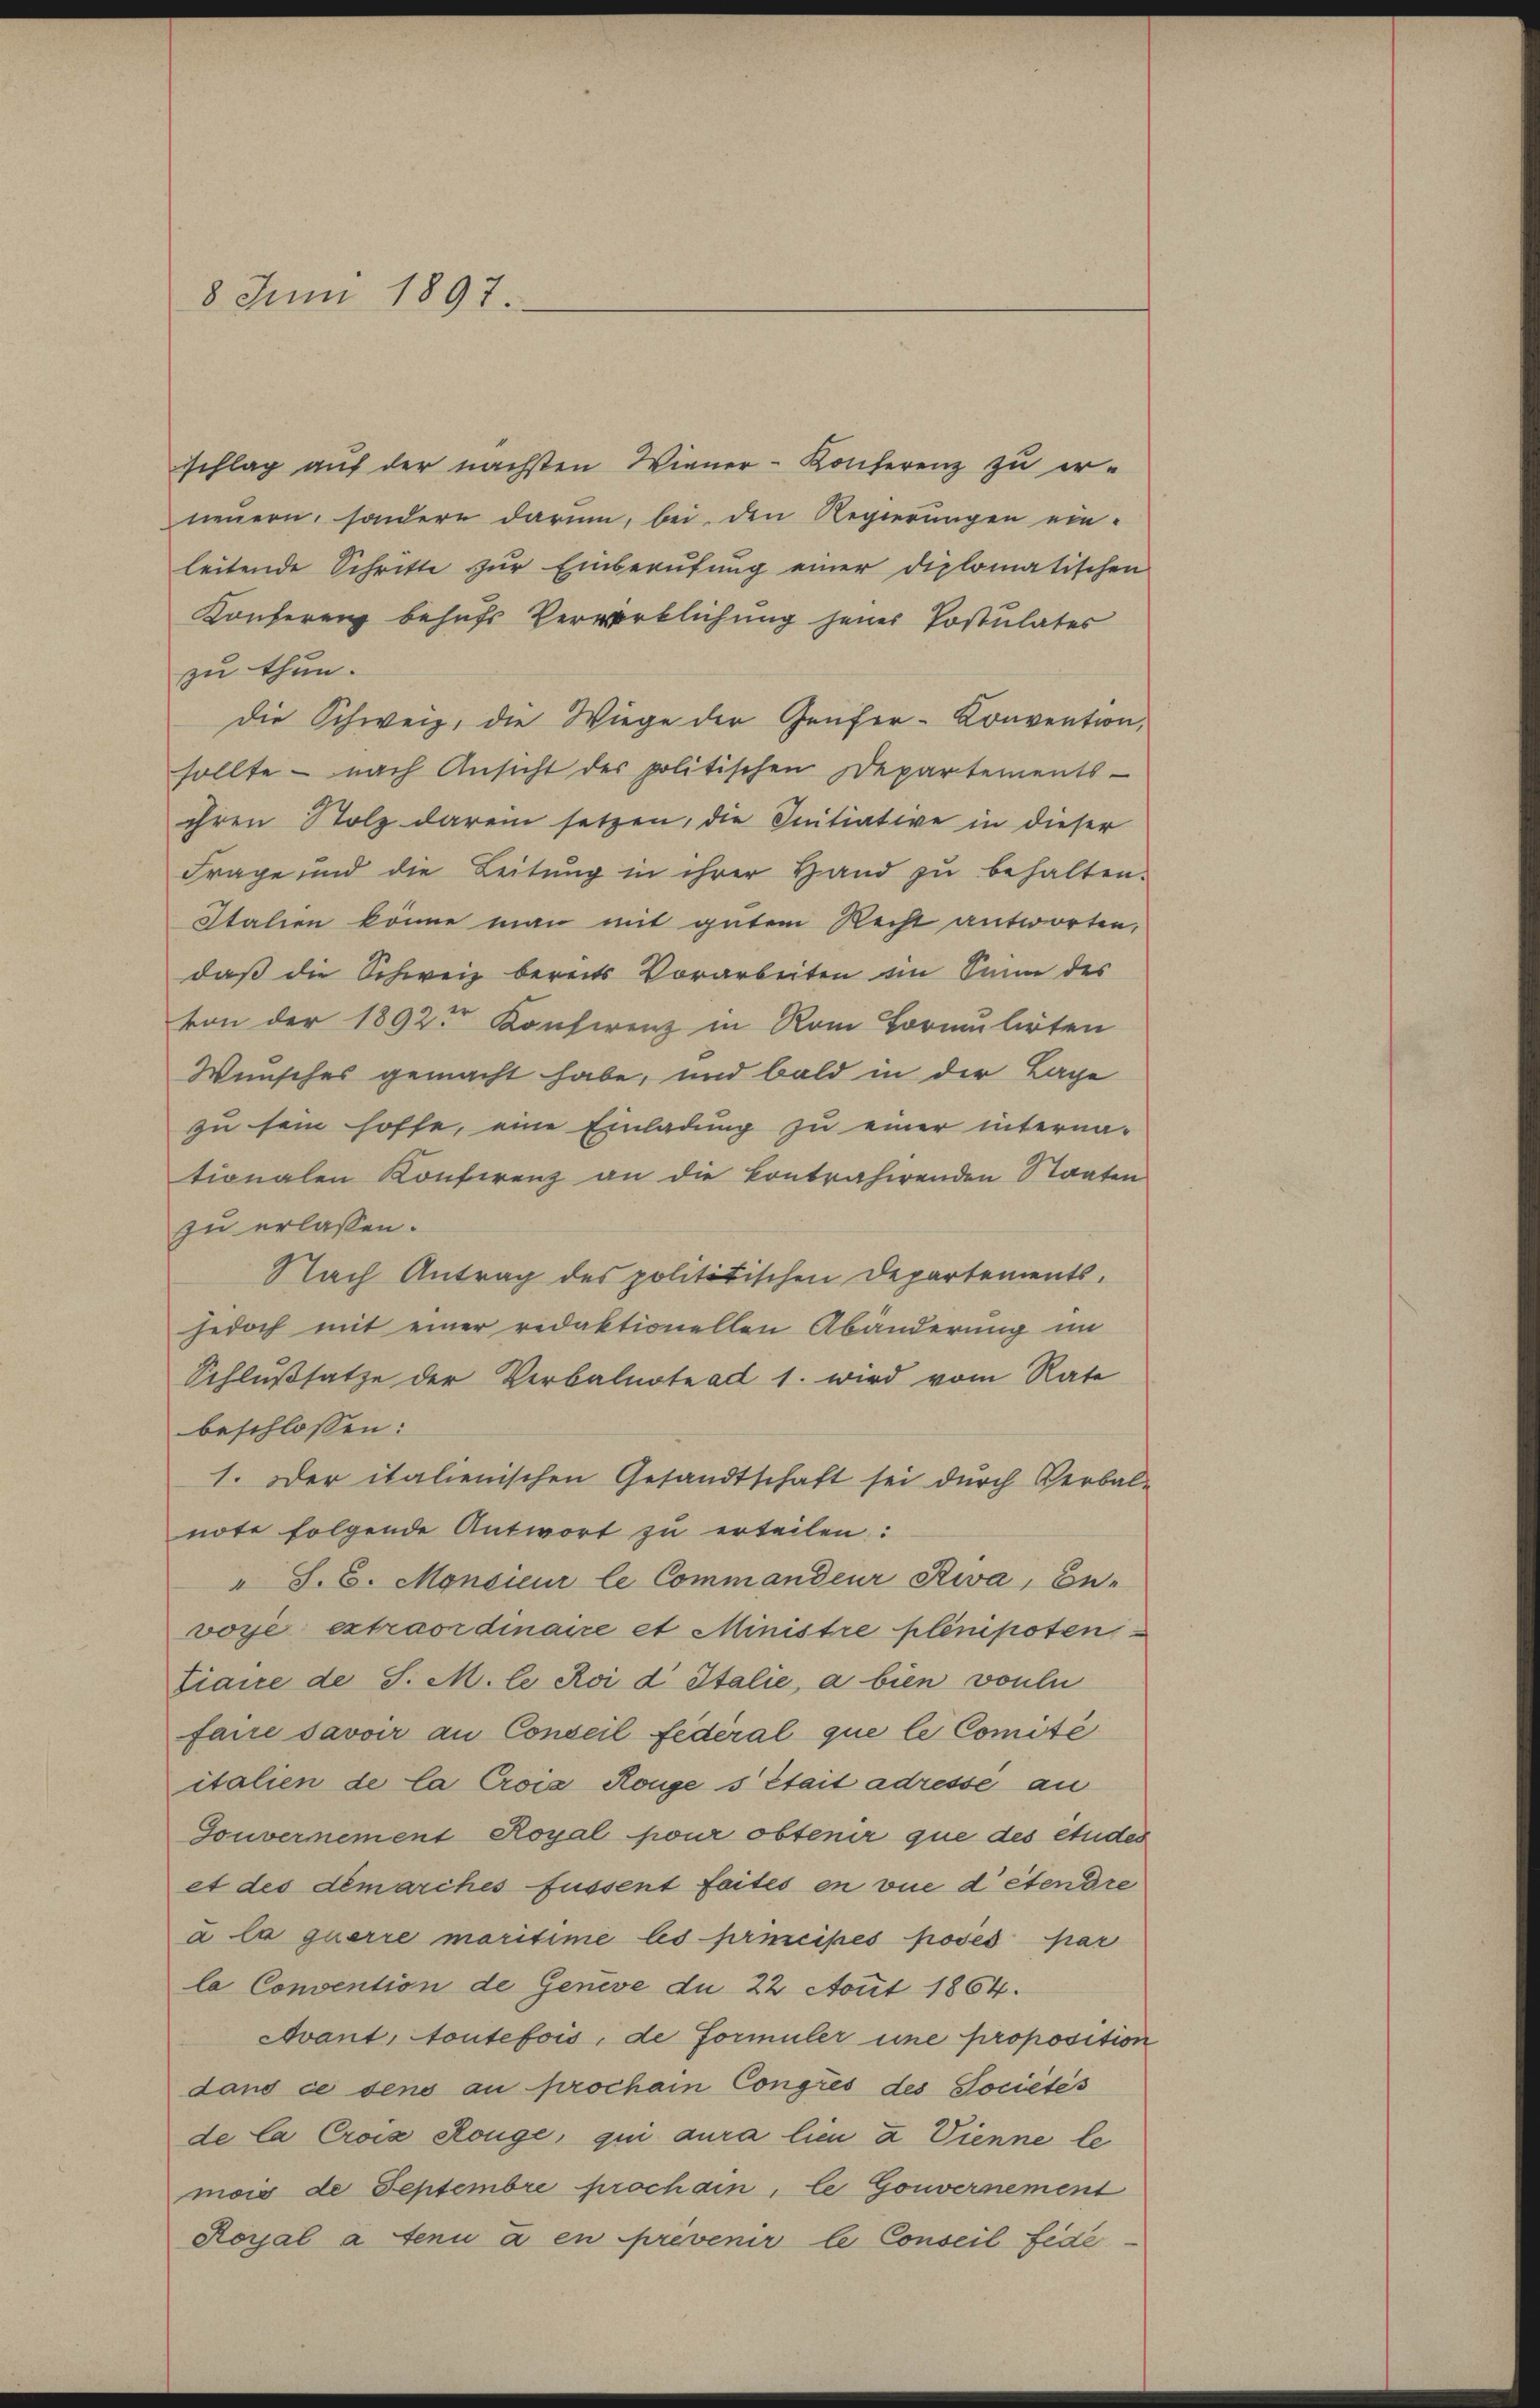
8 Juni 1897.

sschlag auf der nächsten Wiener-Konferenz zu er-
neuern, sondern darum, bei den Regierungen einleitende Schritte zŭr Einberufung einer diplomatischen
Konferenz behufs Verwirklichung jener Postulates
zu thun.
Die Schweiz, die Wiege der Genfer-Konvention,
sollte - nach Ansicht der politischen Departements-
ihren Stolz darein setzen, die Initiative in dieser
Frage und die Leitŭng in ihrer Hand zŭ behalten.
Italien könne man mit gutem Recht antworten,
daß die Schweiz bereits Vorarbeiten ein Sinn des
von der 1892 Konferenz in Rom Formulirten
Wunsches gemacht habe, und bald in der Lage
zu sein hoffe, eine Einladung zu einer interna-
tionalen Konferenz an die kontrahirenden Staaten
zu erlassen.
Nach Antrag des politätischen Departements-
jedoch mit einer redaktionellen Abänderung im
Schlußsatze der Verbalnote ad 1. wird vom Rate
beschlossen:
1. Der italienischen Gesandtschaft sei durch Verbal-
note folgende Antwort zu erteilen:
" S. 6. Monsieur le Commandeur Riva, Be-
voyé extraordinaire et Ministre plenipoten
tiane de S. M. le coi d Italie, a bien voulu
faire savoir an Conseil Federal que le Comité
italien de la Crois Ronges était adresse au
Gouvernement Royal pour obtenir que des etudes
et des demarches Füssent faites en vue détendre
u la querre maritime les principés poses par
la Convention de Geneve du 22 Aont 1864.
Avant, Soutefois, de Formuler eine proposition
dans ce dens au prochain Congrés des Sociétés
de la Crois Rönge, qui aura lieu & Cienne le
mois de Septembre prochain, le Gouvernement
Royal à tenu à en prévenir le Conseil Fede